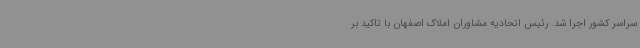
سراسر کشور اجرا شد. رئیس اتحادیه مشاوران املاک اصفهان با تاکید بر